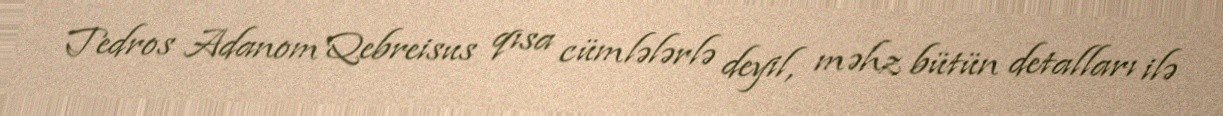
Tedros Adanom Qebreisus qısa cümlələrlə deyil, məhz bütün detalları ilə